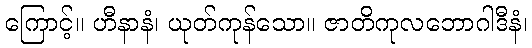
ကြောင့်။ ဟီနာနံ၊ ယုတ်ကုန်သော။ ဇာတိကုလဘောဂါဒီနံ၊